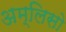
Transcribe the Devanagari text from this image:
अम्लिसो